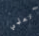
أتعلمي